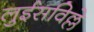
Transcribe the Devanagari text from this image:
लुईसविल्ले